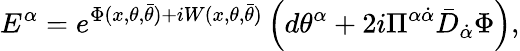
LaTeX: {E}^{{\alpha}}=e^{\Phi(x,\theta,\bar{\theta})+iW(x,\theta,\bar{\theta})}\left(d{\theta}^{\alpha}+{2i}\Pi^{\alpha\dot{\alpha}}\bar{D}_{\dot{\alpha}}\Phi\right),